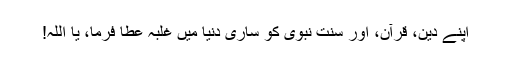
اپنے دین، قرآن، اور سنت نبوی کو ساری دنیا میں غلبہ عطا فرما، یا اللہ!